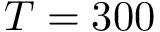
T = 3 0 0